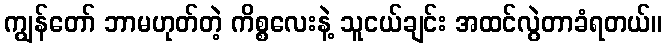
ကျွန်တော် ဘာမဟုတ်တဲ့ ကိစ္စလေးနဲ့ သူငယ်ချင်း အထင်လွဲတာခံရတယ်။